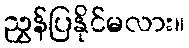
ညွှန်ပြနိုင်မလား။